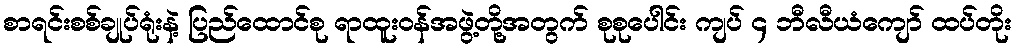
စာရင်းစစ်ချုပ်ရုံးနဲ့ ပြည်ထောင်စု ရာထူးဝန်အဖွဲ့တို့အတွက် စုစုပေါင်း ကျပ် ၄ ဘီလီယံကျော် ထပ်တိုး